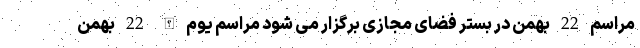
مراسم 22 بهمن در بستر فضای مجازی برگزار می شود مراسم یوم الله 22 بهمن